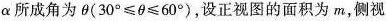
\alpha 所成角为\theta($$30^{\circ}\leqslant \theta \leqslant 60^{\circ}$$)，设正视图的面积为m，侧视